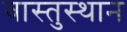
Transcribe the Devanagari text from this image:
वास्तुस्थान